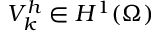
V _ { k } ^ { h } \in H ^ { 1 } ( \Omega )